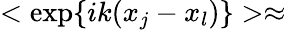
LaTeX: <\exp\{ ik(x_{j}-x_{l})\} >\approx